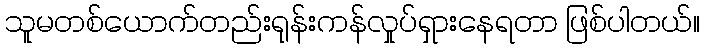
သူမတစ်ယောက်တည်းရုန်းကန်လှုပ်ရှားနေရတာ ဖြစ်ပါတယ်။